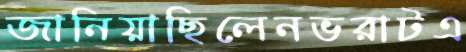
জানিয়াছিলেনভরাটএ